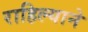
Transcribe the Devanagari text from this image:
राहिल्‍याने